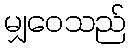
မျှဝေသည်